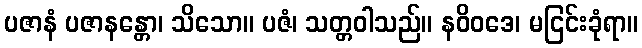
ပဇာနံ ပဇာနန္တော၊ သိသော။ ပဇံ၊ သတ္တဝါသည်။ နဝိဝဒေ၊ မငြင်းခုံရာ။